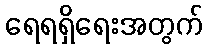
ရေရရှိရေးအတွက်